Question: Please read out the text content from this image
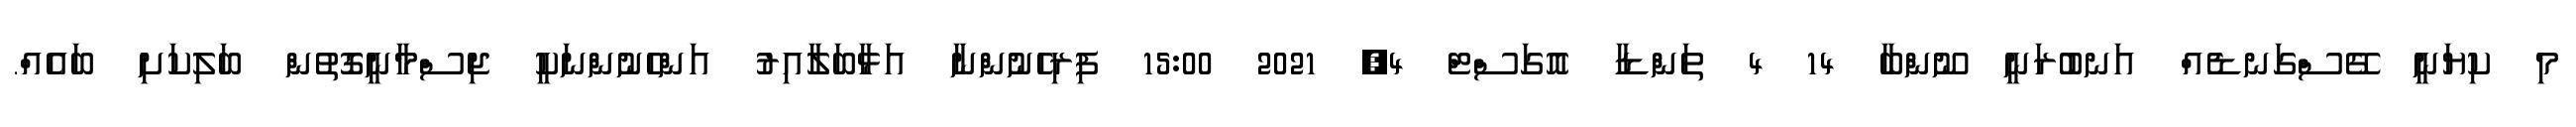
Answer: މި ކިޔަނީ ގޭސްގަނޑެއް އަނބުރަނީ ނޫންބާ 14 4 ތަންޑާ އޮގަސްޓް 4, 2021 15:00 ފިރިހެނުންނާ އަޅާބަލާއިރު އަންހެނުންނަކީ ޖިސްމާނީގޮތުން ބަލިކަށި ބައެއް.